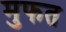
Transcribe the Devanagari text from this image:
मुफत